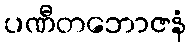
ပဏီတဘောဇနံ